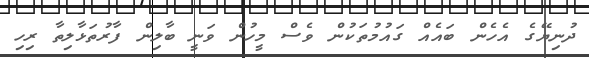
ދުނިޔޭގެ އެހެން ބައެއް ގައުމުތަކުން ވެސް މީހުން ވަނީ ބާލިން ފާރުތަޅާލިތާ ރިހި